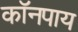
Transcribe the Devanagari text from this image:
कॉनपाय